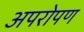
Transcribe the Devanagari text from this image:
अपरोपण